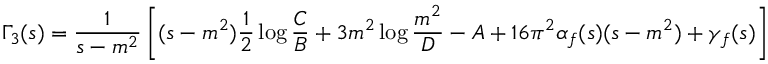
\Gamma _ { 3 } ( s ) = \frac { 1 } { s - m ^ { 2 } } \left[ ( s - m ^ { 2 } ) \frac { 1 } { 2 } \log \frac { C } { B } + 3 m ^ { 2 } \log \frac { m ^ { 2 } } { D } - A + 1 6 \pi ^ { 2 } \alpha _ { f } ( s ) ( s - m ^ { 2 } ) + \gamma _ { f } ( s ) \right] \; ,